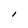
Character: I